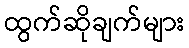
ထွက်ဆိုချက်များ